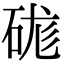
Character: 硥